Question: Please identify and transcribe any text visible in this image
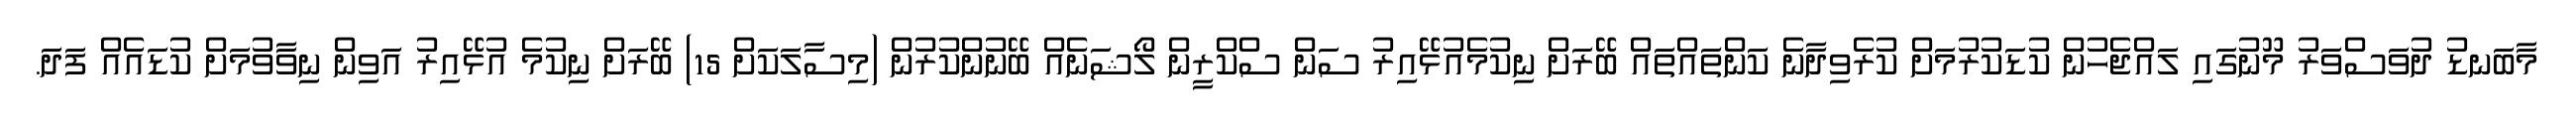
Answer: މާބަނޑު ދުވަސްވަރު މޫނުގައި ލައްޖެހުން ކުޑަކުރުމަށް ކުރެވިދާނެ ކަންތައްތައް ބޭރަށް ނިކުމެއުޅޭއިރު ސަން ސްކްރީން ލޯޝަނެއް ބޭނުންކުރުން (މިސާލަކަށް 15) ބޭރަށް ނިކުމެ އުޅޭއިރު އަވިން ނިވާވުމަށް ކުޑައެއް ފަދަ.